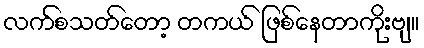
လက်စသတ်တော့ တကယ် ဖြစ်နေတာကိုးဗျ။